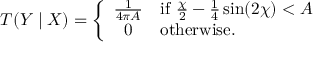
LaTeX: T ( Y \mid X ) = \left\{ \begin{array} { c l } { { \frac { 1 } { 4 \pi A } } } & { { \mathrm { i f } ~ \frac { \chi } { 2 } - \frac { 1 } { 4 } \sin ( 2 \chi ) < A } } \\ { { 0 } } & { { \mathrm { o t h e r w i s e . } } } \end{array} \right.